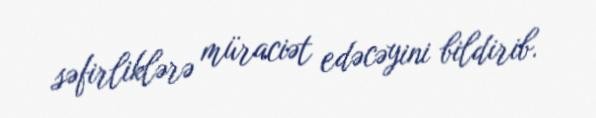
səfirliklərə müraciət edəcəyini bildirib.